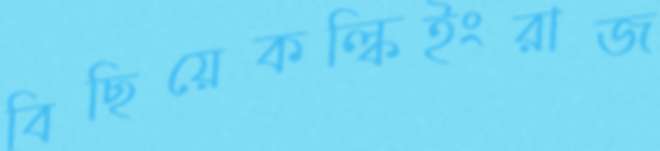
বিছিয়েকল্কিইংরাজ